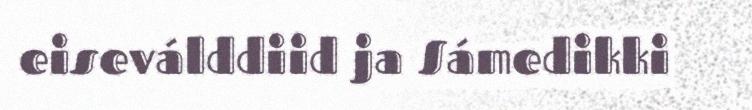
eiseválddiid ja Sámedikki